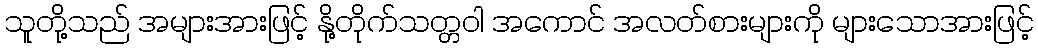
သူတို့သည် အများအားဖြင့် နို့တိုက်သတ္တဝါ အကောင် အလတ်စားများကို များသောအားဖြင့်